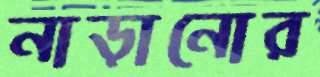
নাড়ানোর